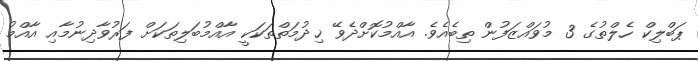
ޕަބްލިކް ހެލްތުގެ 3 މުވައްޒަފުން ތިބެއެވެ. އާއްމުކޮށްދެވޭ ޚިދުމަތްތަކަކީ އާއްމުބަލިތަކަށް ފަރުވާދިނުމާއި އާއްމު